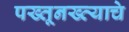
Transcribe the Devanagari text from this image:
पख्तूनख्व्याचे